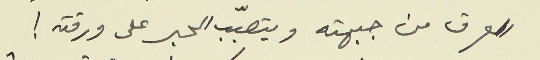
العرق من جبهته ويتصبّب الحبر على ورقته!